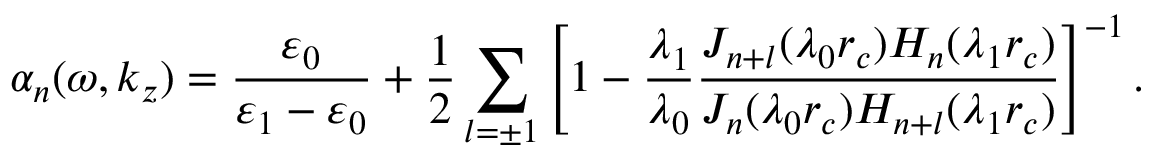
\alpha _ { n } ( \omega , k _ { z } ) = \frac { \varepsilon _ { 0 } } { \varepsilon _ { 1 } - \varepsilon _ { 0 } } + \frac { 1 } { 2 } \sum _ { l = \pm 1 } \left[ 1 - \frac { \lambda _ { 1 } } { \lambda _ { 0 } } \frac { J _ { n + l } ( \lambda _ { 0 } r _ { c } ) H _ { n } ( \lambda _ { 1 } r _ { c } ) } { J _ { n } ( \lambda _ { 0 } r _ { c } ) H _ { n + l } ( \lambda _ { 1 } r _ { c } ) } \right] ^ { - 1 } .